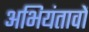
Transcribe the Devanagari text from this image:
अभियंतावों